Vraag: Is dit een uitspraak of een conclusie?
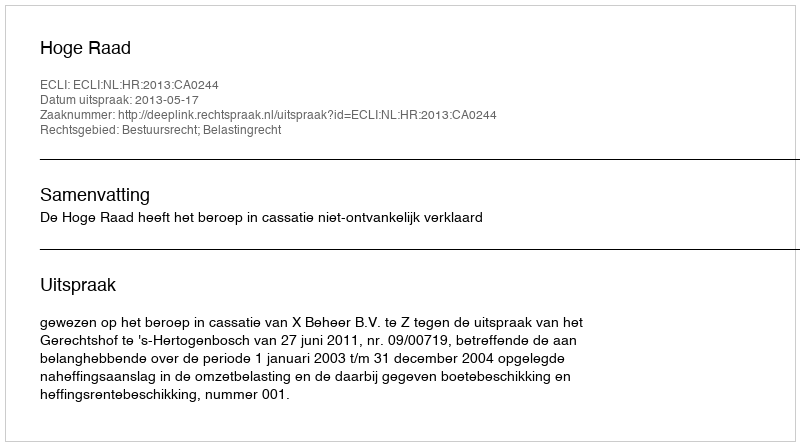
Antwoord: Uitspraak